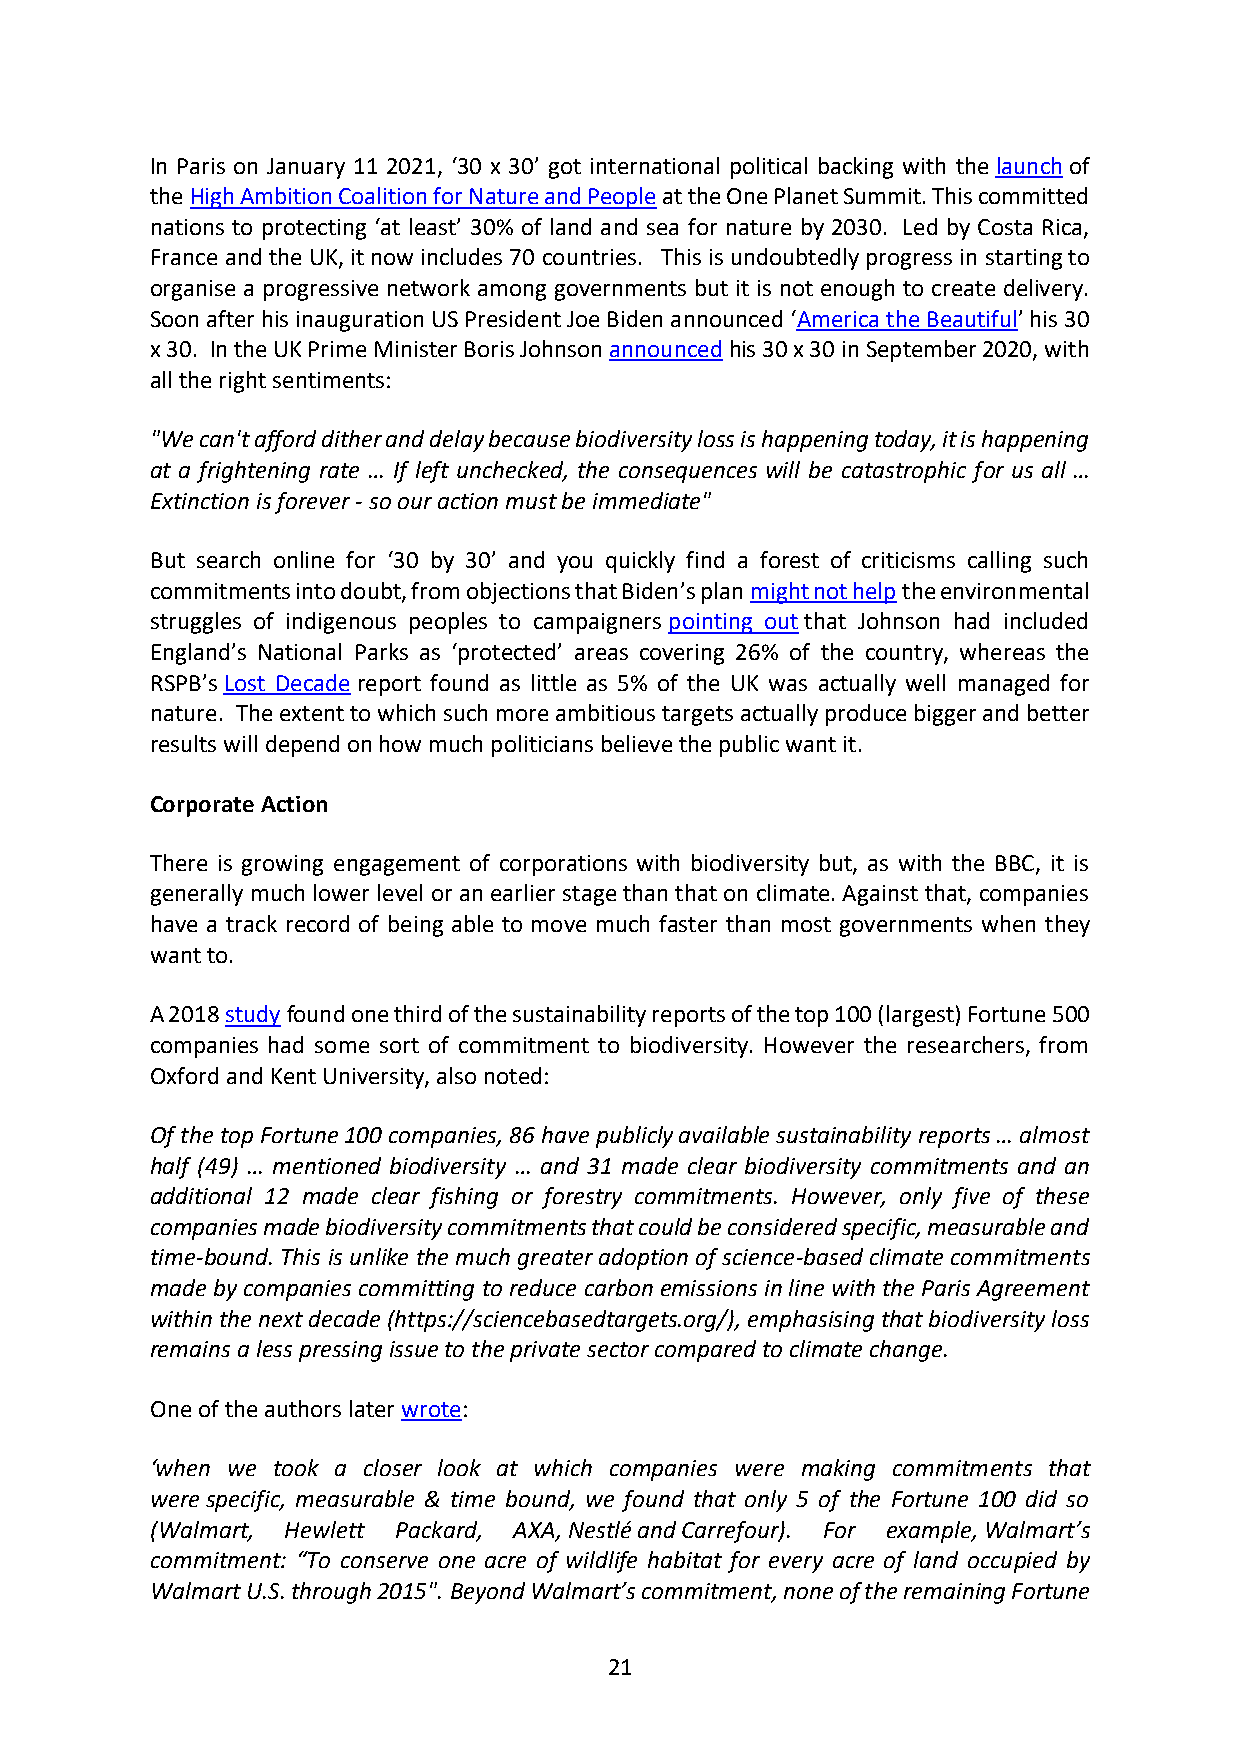
In Paris on January 11 2021, ‘30 x 30’ got international political backing with the launch of
 the High Ambition Coalition for Nature and People at the One Planet Summit. This committed
 nations to protecting ‘at least’ 30% of land and sea for nature by 2030. Led by Costa Rica,
 France and the UK, it now includes 70 countries. This is undoubtedly progress in starting to
 organise a progressive network among governments but it is not enough to create delivery.
 Soon after his inauguration US President Joe Biden announced ‘America the Beautiful’ his 30
 x 30. In the UK Prime Minister Boris Johnson announced his 30 x 30 in September 2020, with
 all the right sentiments:
 "We can't afford dither and delay because biodiversity loss is happening today, it is happening
 at a frightening rate … If left unchecked, the consequences will be catastrophic for us all …
 Extinction is forever - so our action must be immediate"
 But search online for ‘30 by 30’ and you quickly find a forest of criticisms calling such
 commitments into doubt, from objections that Biden’s plan might not help the environmental
 struggles of indigenous peoples to campaigners pointing out that Johnson had included
 England’s National Parks as ‘protected’ areas covering 26% of the country, whereas the
 RSPB’s Lost Decade report found as little as 5% of the UK was actually well managed for
 nature. The extent to which such more ambitious targets actually produce bigger and better
 results will depend on how much politicians believe the public want it.
 Corporate Action
 There is growing engagement of corporations with biodiversity but, as with the BBC, it is
 generally much lower level or an earlier stage than that on climate. Against that, companies
 have a track record of being able to move much faster than most governments when they
 want to.
 A 2018 study found one third of the sustainability reports of the top 100 (largest) Fortune 500
 companies had some sort of commitment to biodiversity. However the researchers, from
 Oxford and Kent University, also noted:
 Of the top Fortune 100 companies, 86 have publicly available sustainability reports … almost
 half (49) … mentioned biodiversity … and 31 made clear biodiversity commitments and an
 additional 12 made clear fishing or forestry commitments. However, only five of these
 companies made biodiversity commitments that could be considered specific, measurable and
 time-bound. This is unlike the much greater adoption of science-based climate commitments
 made by companies committing to reduce carbon emissions in line with the Paris Agreement
 within the next decade (https://sciencebasedtargets.org/), emphasising that biodiversity loss
 remains a less pressing issue to the private sector compared to climate change.
 One of the authors later wrote:
 ‘when we took a closer look at which companies were making commitments that
 were specific, measurable & time bound, we found that only 5 of the Fortune 100 did so
 (Walmart, Hewlett Packard, AXA, Nestlé and Carrefour). For example, Walmart’s
 commitment: “To conserve one acre of wildlife habitat for every acre of land occupied by
 Walmart U.S. through 2015". Beyond Walmart’s commitment, none of the remaining Fortune
 21